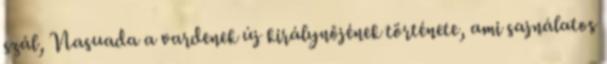
szál, Nasuada a vardenek új királynőjének története, ami sajnálatos